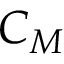
{ C } _ { M }